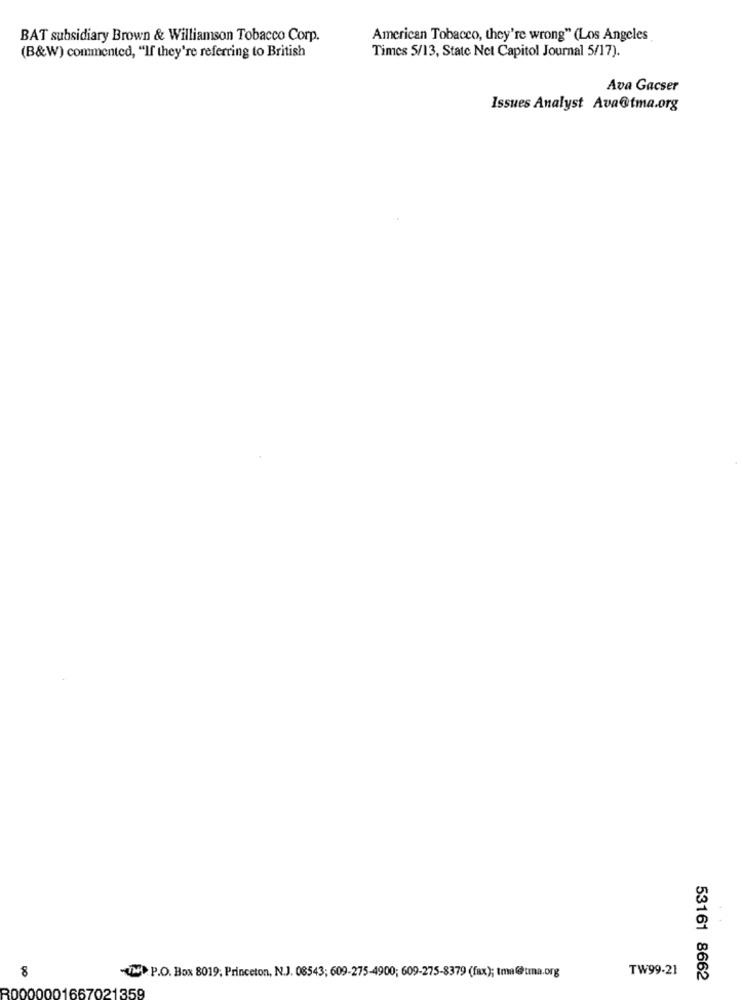
BAT subsidiary Brown & Williamson Tobacco Corp.
American Tobacco, they're wrong" (Los Angeles
Times 5/13, State Net Capitol Journal 5/17).
(B&W) commented, "If they're referring to British
Ava Gacser
Issues Analyst Ava@tma.org
8
UNE. P.O. Box 8019; Princeton, N.J. 08543; 609-275-4900; 609-275-8379 (fax); tma@tma.org
TW99-21
53161 8662
30000001667021359